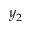
y _ { 2 }